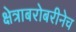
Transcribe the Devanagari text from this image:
क्षेत्राबरोबरीनेच